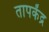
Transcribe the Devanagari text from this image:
तापकेंद्र